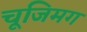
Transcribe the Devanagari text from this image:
चूजिमग